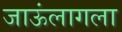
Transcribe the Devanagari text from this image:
जाऊंलागला